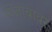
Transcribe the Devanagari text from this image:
पंजाबावर